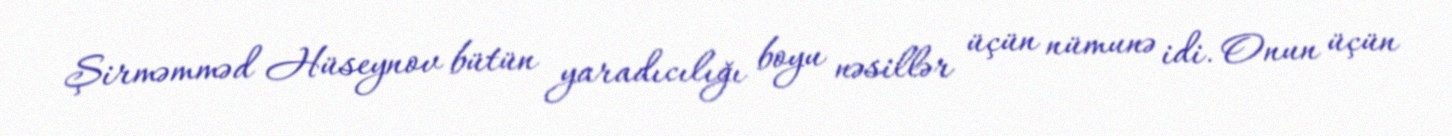
Şirməmməd Hüseynov bütün yaradıcılığı boyu nəsillər üçün nümunə idi. Onun üçün